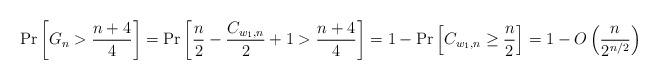
LaTeX: \begin{align*} \Pr\left[G_n > \frac{n+4}{4}\right] &= \Pr\left[\frac{n}{2} - \frac{C_{w_1,n}}{2} + 1 > \frac{n+4}{4}\right] = 1-\Pr\left[C_{w_1,n}\geq \frac{n}{2}\right] = 1 - O\left(\frac{n}{2^{n/2}}\right)\end{align*}